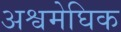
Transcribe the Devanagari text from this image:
अश्वमेघिक